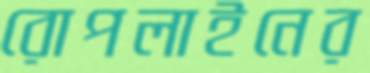
রোপলাইনের